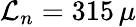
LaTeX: \mathcal{L}_{n}=315\, \mu